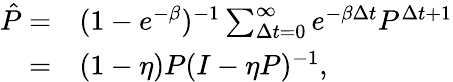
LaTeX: \begin{array}{rl}{\hat{P}=}&{{}(1-e^{-\beta})^{-1}\sum_{\Delta t=0}^{\infty}e^{-\beta\Delta t}P^{\Delta t+1}}\\ {=}&{{}(1-\eta)P(I-\eta P)^{-1},}\end{array}